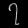
Digit: ၇